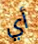
أي